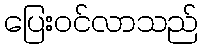
ပြေးဝင်လာသည်